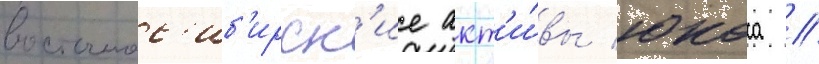
восточнос'иб'ирск'ие акт'и́вы юкоса //